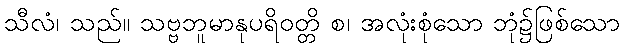
သီလံ၊ သည်။ သဗ္ဗဘူမာနုပရိဝတ္တိ စ၊ အလုံးစုံသော ဘုံ၌ဖြစ်သော